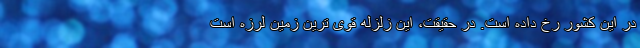
در این کشور رخ داده است. در حقیقت، این زلزله قوی ترین زمین لرزه است